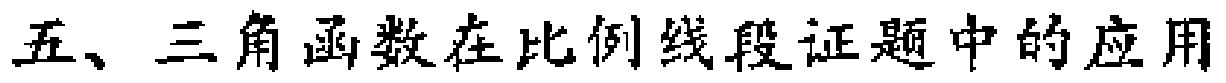
五、三角函数在比例线段证题中的应用